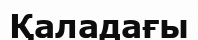
Қаладағы